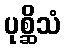
ပုစ္ဆိသံ